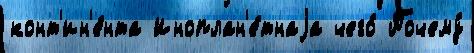
конт'ин'е́нта Иноплан'е́тнаjа чего́ Почему́